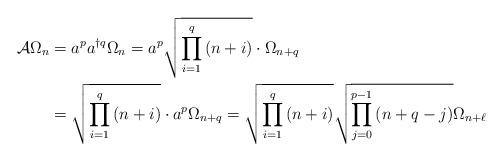
LaTeX: \begin{align*}\mathcal{A}\Omega_{n} & =a^{p}a^{\dag q}\Omega_{n}=a^{p}\sqrt{\prod_{i=1}^{q}\left( n+i\right) }\cdot\Omega_{n+q}\\& =\sqrt{\prod_{i=1}^{q}\left( n+i\right) }\cdot a^{p}\Omega_{n+q}=\sqrt{\prod_{i=1}^{q}\left( n+i\right) }\sqrt{\prod_{j=0}^{p-1}\left(n+q-j\right) }\Omega_{n+\ell}\end{align*}